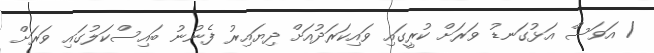
/ އަވަސް އަޅުގަނޑު ވަރަށް ކުރީގައި ވައިކަރަދުއަށް ދިޔައިރު ފެނުނު ބައިސްކަލުގައި ވަރަށް